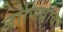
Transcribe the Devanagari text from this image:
जाणिवांवर